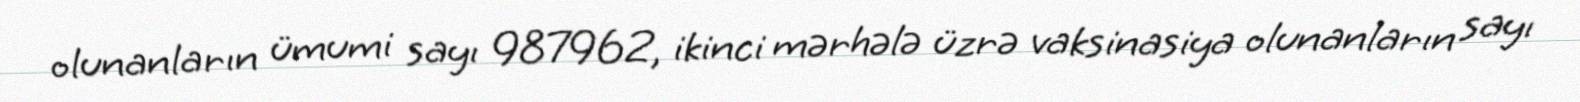
olunanların ümumi sayı 987962, ikinci mərhələ üzrə vaksinasiya olunanların sayı